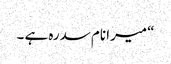
“ میرا نام سدرہ ہے ۔